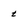
Character: t